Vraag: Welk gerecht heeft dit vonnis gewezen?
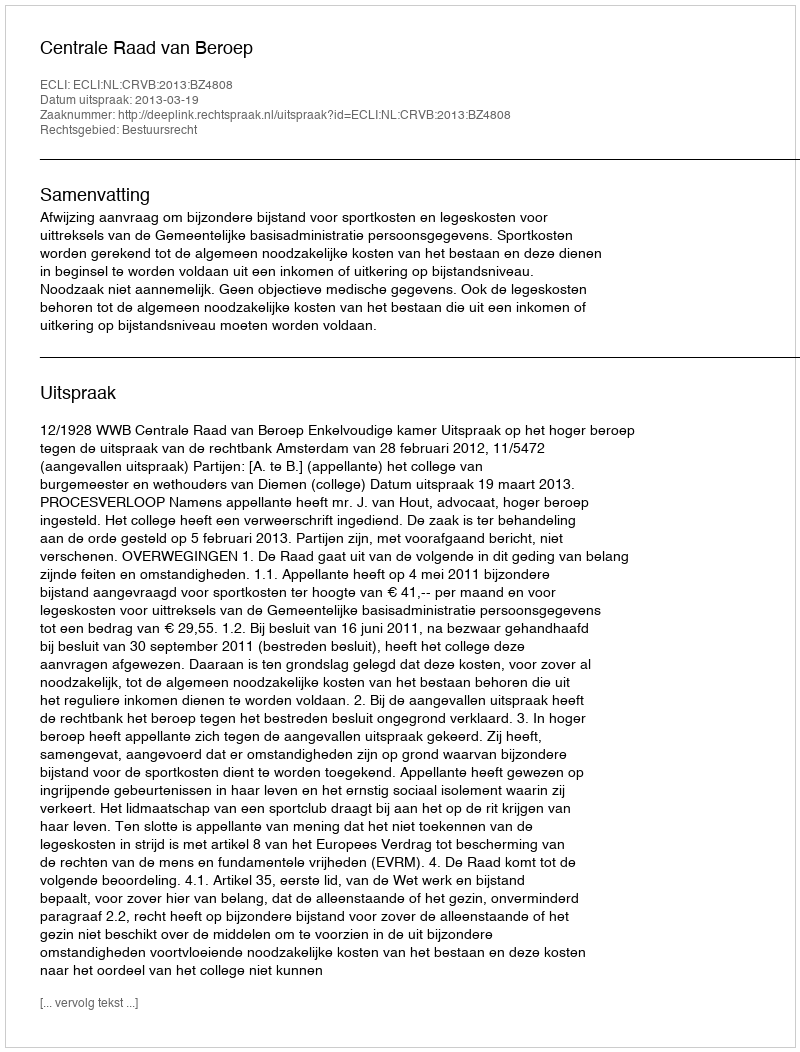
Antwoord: Centrale Raad van Beroep